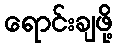
ရောင်းချဖို့